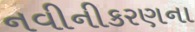
નવીનીકરણના